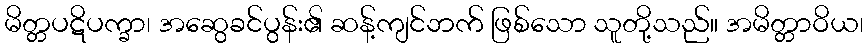
မိတ္တပဋိပက္ခာ၊ အဆွေခင်ပွန်း၏ ဆန့်ကျင်ဘက် ဖြစ်သော သူတို့သည်။ အမိတ္တာဝိယ၊